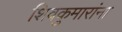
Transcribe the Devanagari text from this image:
शिवकुमारांना